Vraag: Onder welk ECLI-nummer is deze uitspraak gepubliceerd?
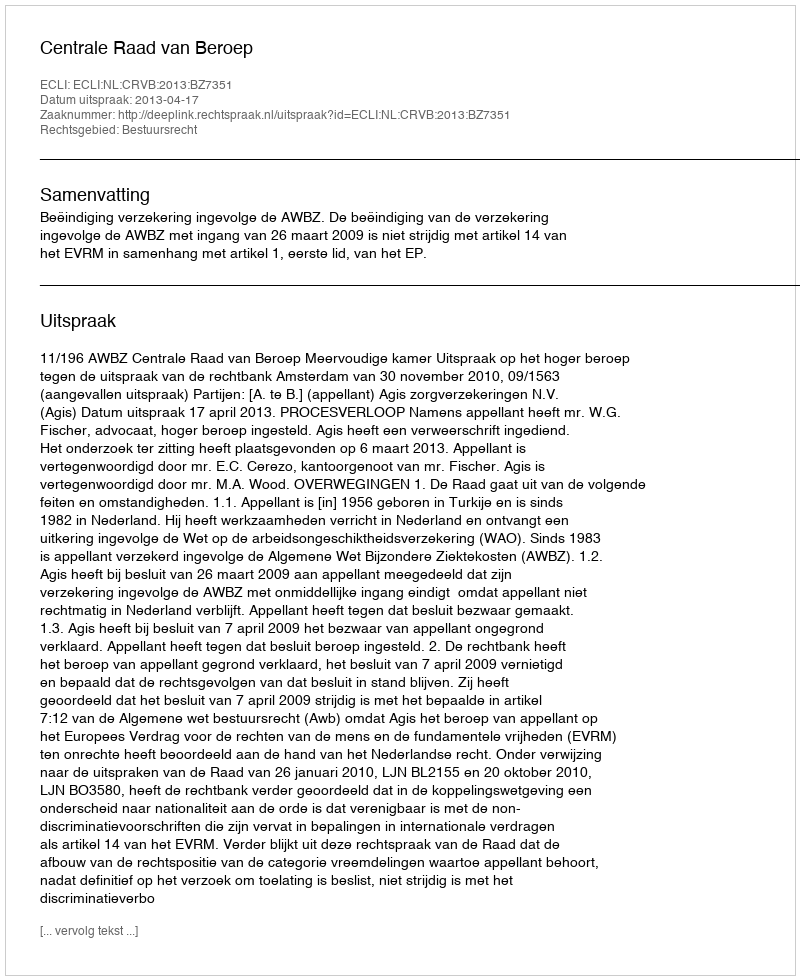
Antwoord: ECLI:NL:CRVB:2013:BZ7351